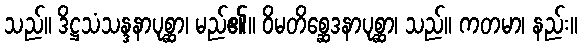
သည်။ ဒိဋ္ဌသံသန္ဒနာပုစ္ဆာ၊ မည်၏။ ဝိမတိစ္ဆေဒနာပုစ္ဆာ၊ သည်။ ကတမာ၊ နည်း။